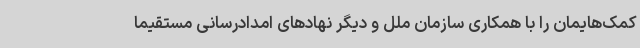
کمک‌هایمان را با همکاری سازمان ملل و دیگر نهادهای امدادرسانی مستقیما